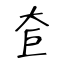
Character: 奆